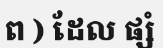
ព ) ដែល ផ្សំ